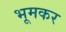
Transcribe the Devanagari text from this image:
भूमकर